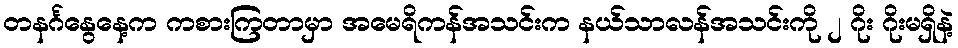
တနင်္ဂနွေနေ့က ကစားကြတာမှာ အမေရိကန်အသင်းက နယ်သာလန်အသင်းကို ၂ ဂိုး ဂိုးမရှိနဲ့